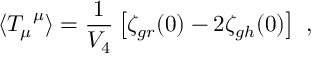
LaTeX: \langle { T _ { \mu } } ^ { \mu } \rangle = \frac { 1 } { V _ { 4 } } \left[ \zeta _ { g r } ( 0 ) - 2 \zeta _ { g h } ( 0 ) \right] \ ,